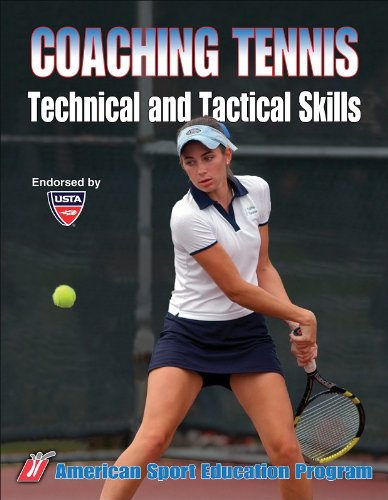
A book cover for Coaching Tennis Technical & Tactical Skills; American Sport Education Program; Sports & Outdoors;